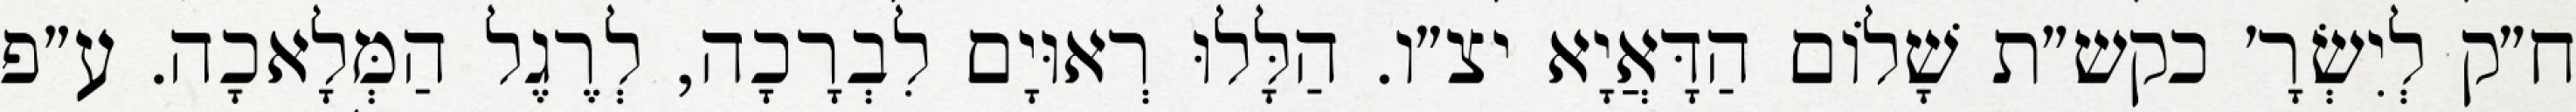
ח״ק לְיִשְׂרָ׳ כקש״ת שָׁלוֹם הַדָּאֲיָא יצ״ו. הַלָּלוּ רְאוּיָם לִבְרָכָה, לְרֶגֶל הַמְּלָאכָה. ע״פ